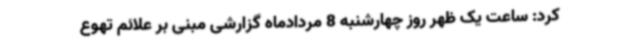
کرد: ساعت یک ظهر روز چهارشنبه 8 مردادماه گزارشی مبنی بر علائم تهوع